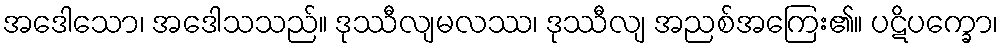
အဒေါသော၊ အဒေါသသည်။ ဒုဿီလျမလဿ၊ ဒုဿီလျ အညစ်အကြေး၏။ ပဋိပက္ခော၊